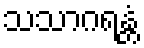
သသာဂရန္တံ